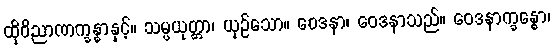
ထိုဝိညာဏက္ခန္ဓာနှင့်။ သမ္ပယုတ္တာ၊ ယှဉ်သော။ ဝေဒနာ၊ ဝေဒနာသည်။ ဝေဒနာက္ခန္ဓော၊